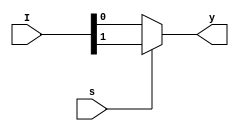
`timescale 1ns / 1ps
module MUX2x1(I, s, y);
    input [1:0]I ;//2 inputs 
    input s;     //1 select line
    output y;    //1 output
        assign y = (s)? I[1]:I[0];
endmodule